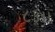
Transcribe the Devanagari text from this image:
८३।।